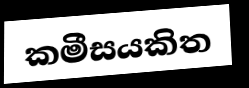
කමීසයකිත